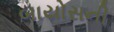
બાયોસની